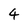
Character: 4